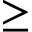
\geq